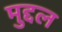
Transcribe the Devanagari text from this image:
मुद्दल